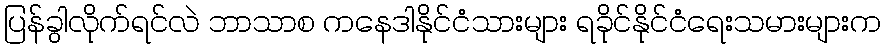
ပြန်ခွါလိုက်ရင်လဲ ဘာသာစ ကနေဒါနိုင်ငံသားများ ရခိုင်နိုင်ငံရေးသမားများက